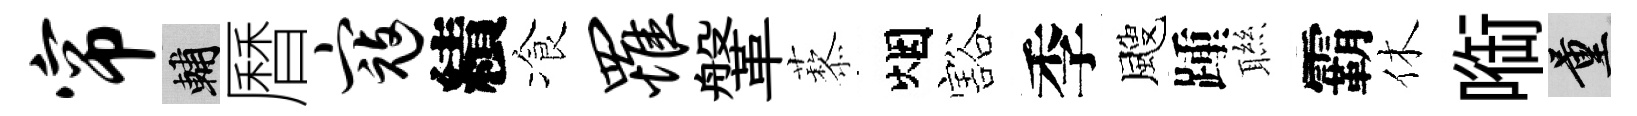
帘輔曆寇績飡罹鞶藜烟豁季颼踵聮霸休㗸量